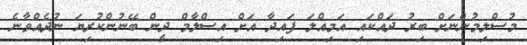
މުސްލިމުންނަށް ބިރު ދައްކައި އަމިއްލަ ފައިދާ އަށް އިސްލާމް ދީން ބޭނުންކުރިޔަ ނުދެއްވާނެ